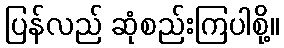
ပြန်လည် ဆုံစည်းကြပါစို့။